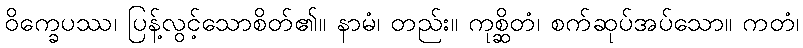
ဝိက္ခေပဿ၊ ပြန့်လွင့်သောစိတ်၏။ နာမံ၊ တည်း။ ကုစ္ဆိတံ၊ စက်ဆုပ်အပ်သော။ ကတံ၊